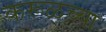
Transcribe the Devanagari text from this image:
करूळच्या